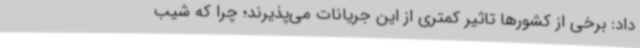
داد: برخی از کشورها تاثیر کمتری از این جریانات می‌پذیرند؛ چرا که شیب